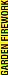
GARDEN FIREWORK